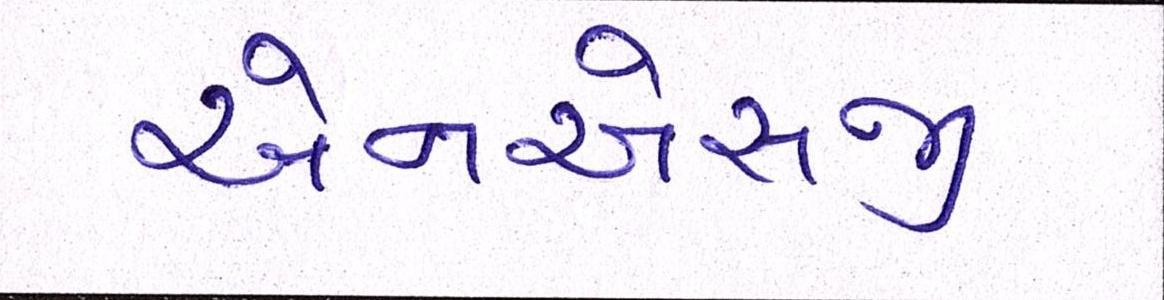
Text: એનએસજી